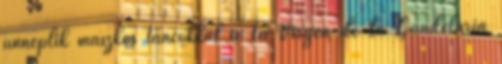
ünneplik maszkos táncokkal a La Virgen de la Candelaria